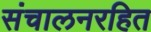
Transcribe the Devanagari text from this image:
संचालनरहित